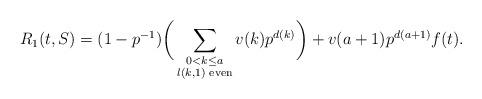
LaTeX: \begin{align*}R_1(t,S) = (1 - p^{-1})\bigg(\sum_{\substack{0 < k \leq a \\ l(k,1) \textrm{ even}}}v(k) p^{d(k)}\bigg) + v(a+1)p^{d(a+1)}f(t).\end{align*}